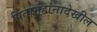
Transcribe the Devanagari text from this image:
पितामहांनादेखील